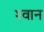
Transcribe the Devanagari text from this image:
श्‍वान